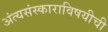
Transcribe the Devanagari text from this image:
अंत्यसंस्काराविषयीची